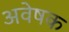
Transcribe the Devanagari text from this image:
अवेषक